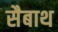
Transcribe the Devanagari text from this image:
सैबाथ